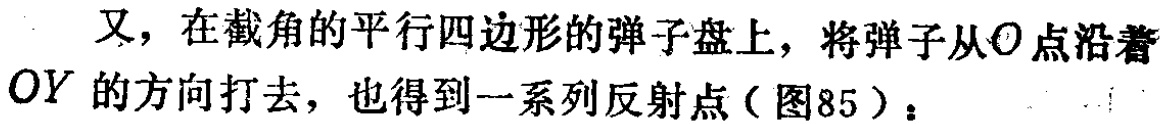
又，在截角的平行四边形的弹子盘上，将弹子从\(O\)点沿着\(OY\)的方向打去，也得到一系列反射点（图85）：